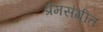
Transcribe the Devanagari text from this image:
प्रेमसंगीत